Source: Handwritten
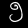
Digit: ၅ (5)